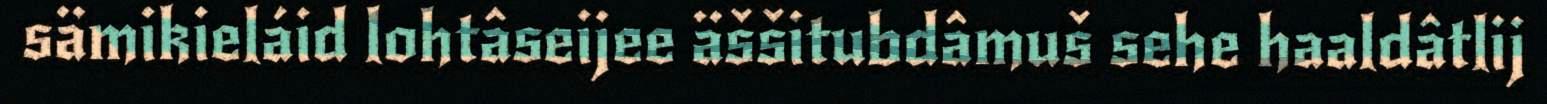
sämikieláid lohtâseijee äššitubdâmuš sehe haaldâtlij